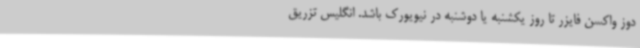
دوز واکسن فایزر تا روز یکشنبه یا دوشنبه در نیویورک باشد. انگلیس تزریق